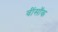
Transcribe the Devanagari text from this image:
वींसॉक